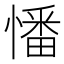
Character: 憣